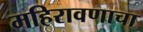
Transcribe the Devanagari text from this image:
महिरावणाचा